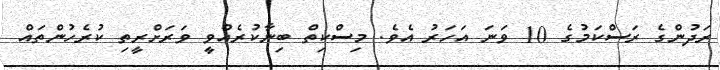
ރަދުންގެ ރަސްކަމުގެ 10 ވަނަ އަހަރު އެވެ. މިސްކިތް ބިނާކުރެއްވީ ވަރަށްރީތި ކުރެހުންތައް